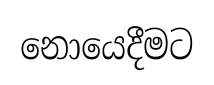
නොයෙදීමට